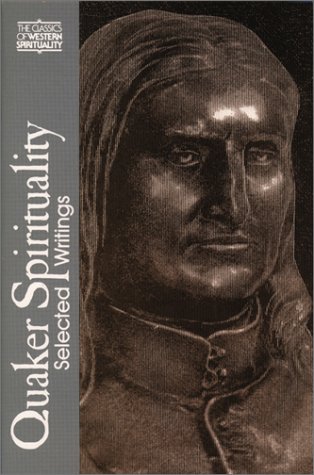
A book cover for Quaker Spirituality: Selected Writings (Classics of Western Spirituality); Douglas V. Steere; Christian Books & Bibles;